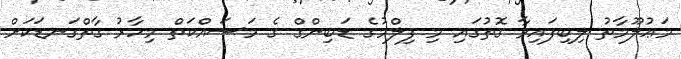
މަޢުލޫމާތު ލިބިފައިވާ ގޮތުގައި މި ފިލްމުގެ ޑަބިންގް ގެ މަސައްކަތް މިހާރު ގާތްގަނޑަކަށް